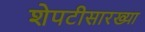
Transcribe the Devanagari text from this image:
शेपटीसारख्या